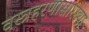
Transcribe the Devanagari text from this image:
वस्त्रहरणासारख्या